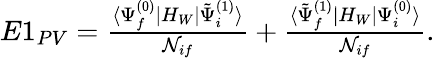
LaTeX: \begin{array}{r}{E1_{PV}=\frac{\langle\Psi_{f}^{(0)}|H_{W}|\tilde{\Psi}_{i}^{(1)}\rangle}{{\cal N}_{if}}+\frac{\langle\tilde{\Psi}_{f}^{(1)}|H_{W}|\Psi_{i}^{(0)}\rangle}{{\cal N}_{if}}.}\end{array}